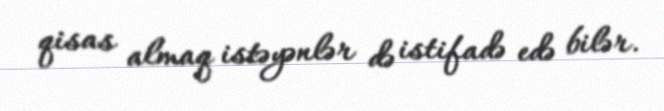
qisas almaq istəyənlər də istifadə edə bilər.